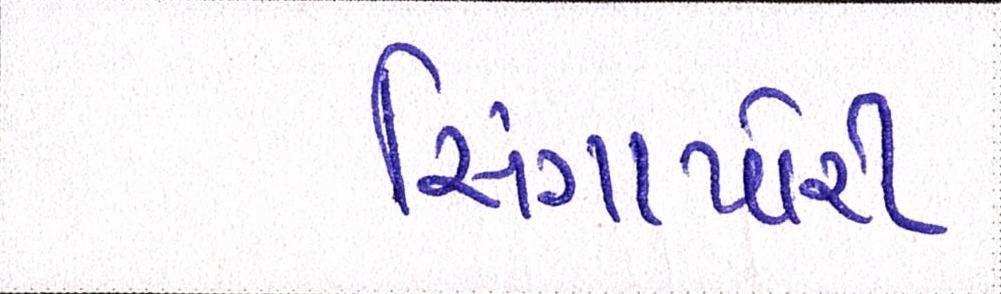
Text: સિંગાપોરી